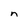
Character: n